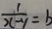
\frac { 1 } { x - y } = b